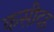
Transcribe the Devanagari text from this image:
कसीदह